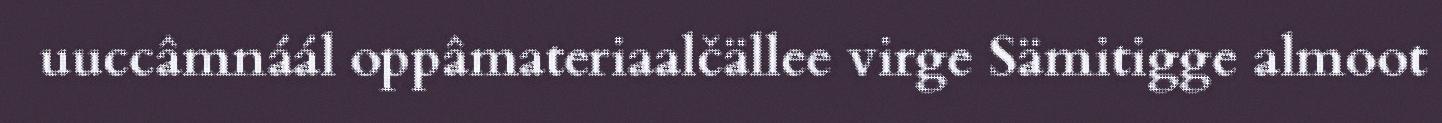
uuccâmnáál oppâmateriaalčällee virge Sämitigge almoot